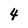
Character: 4